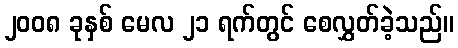
၂၀၀၈ ခုနှစ် မေလ ၂၁ ရက်တွင် စေလွှတ်ခဲ့သည်။